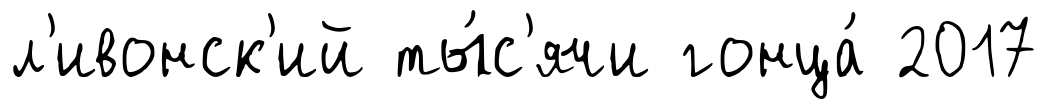
л'ивонск'ий ты́с'ячи гонца́ 2017